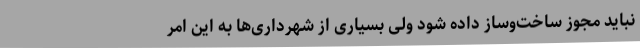
نباید مجوز ساخت‌وساز داده شود ولی بسیاری از شهرداری‌ها به این امر